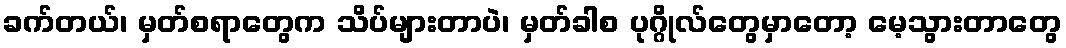
ခက်တယ်၊ မှတ်စရာတွေက သိပ်များတာပဲ၊ မှတ်ခါစ ပုဂ္ဂိုလ်တွေမှာတော့ မေ့သွားတာတွေ